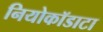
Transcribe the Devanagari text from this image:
नियोकॉडाटा